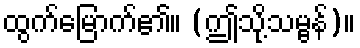
ထွက်မြောက်၏။ (ဤသို့သမ္ဗန်)။